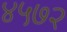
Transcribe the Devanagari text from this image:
४५७२